Annual report on the Civil Veterinary Department, Burma (including the Insein Veterinary School) - 1910-1922
Year: 1910
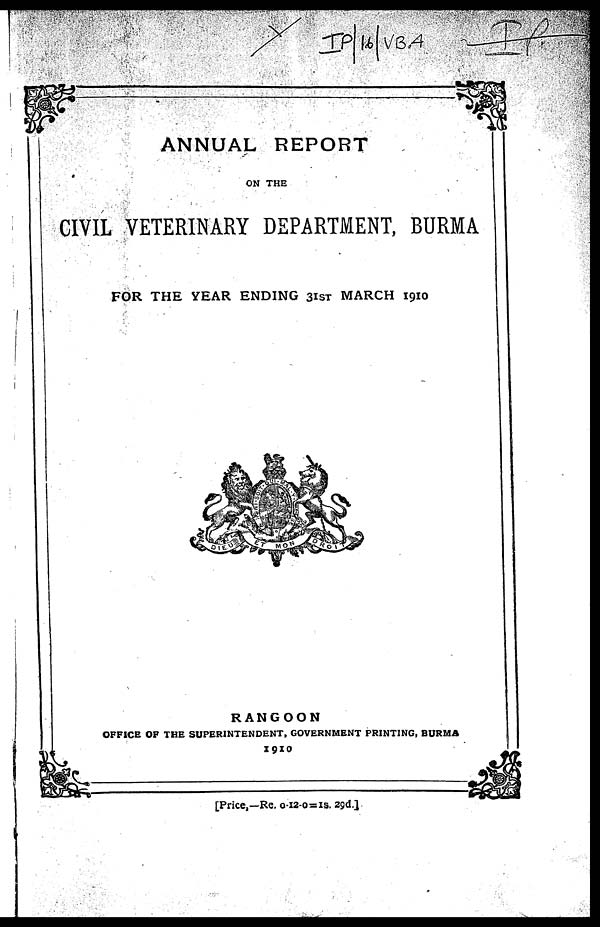
ANNUAL REPORT
ON THE
CIVIL VETERINARY DEPARTMENT, BURMA
FOR THE YEAR ENDING 31ST MARCH 1910
RANGOON
OFFICE OF THE SUPERINTENDENT, GOVERNMENT PRINTING, BURMA
1910
[Price,—Re. 0-12-0=1s. 29d.]